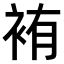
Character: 𫋸